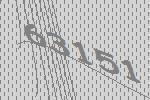
63151